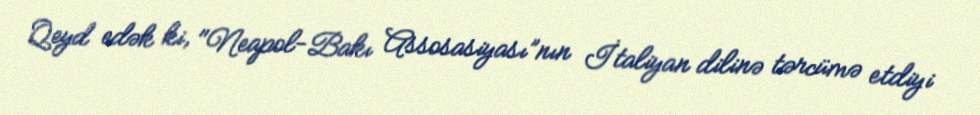
Qeyd edək ki, "Neapol-Bakı Assosasiyası”nın İtaliyan dilinə tərcümə etdiyi